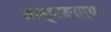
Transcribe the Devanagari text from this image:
आस्वादनार्थ